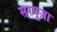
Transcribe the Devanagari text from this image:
सरगूज़ा